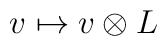
v\mapsto v\otimes L